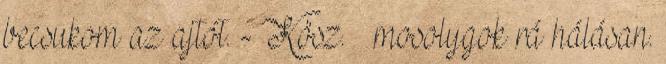
becsukom az ajtót. - Kösz. – mosolygok rá hálásan.